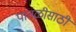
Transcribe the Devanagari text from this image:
पातळीसाठी